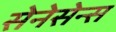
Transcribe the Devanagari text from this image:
सेनेसेन्स